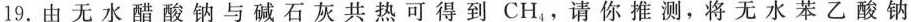
19.由无水醋酸钠与碱石灰共热可得到CH_{4}，请你推测，将无水苯乙酸钠